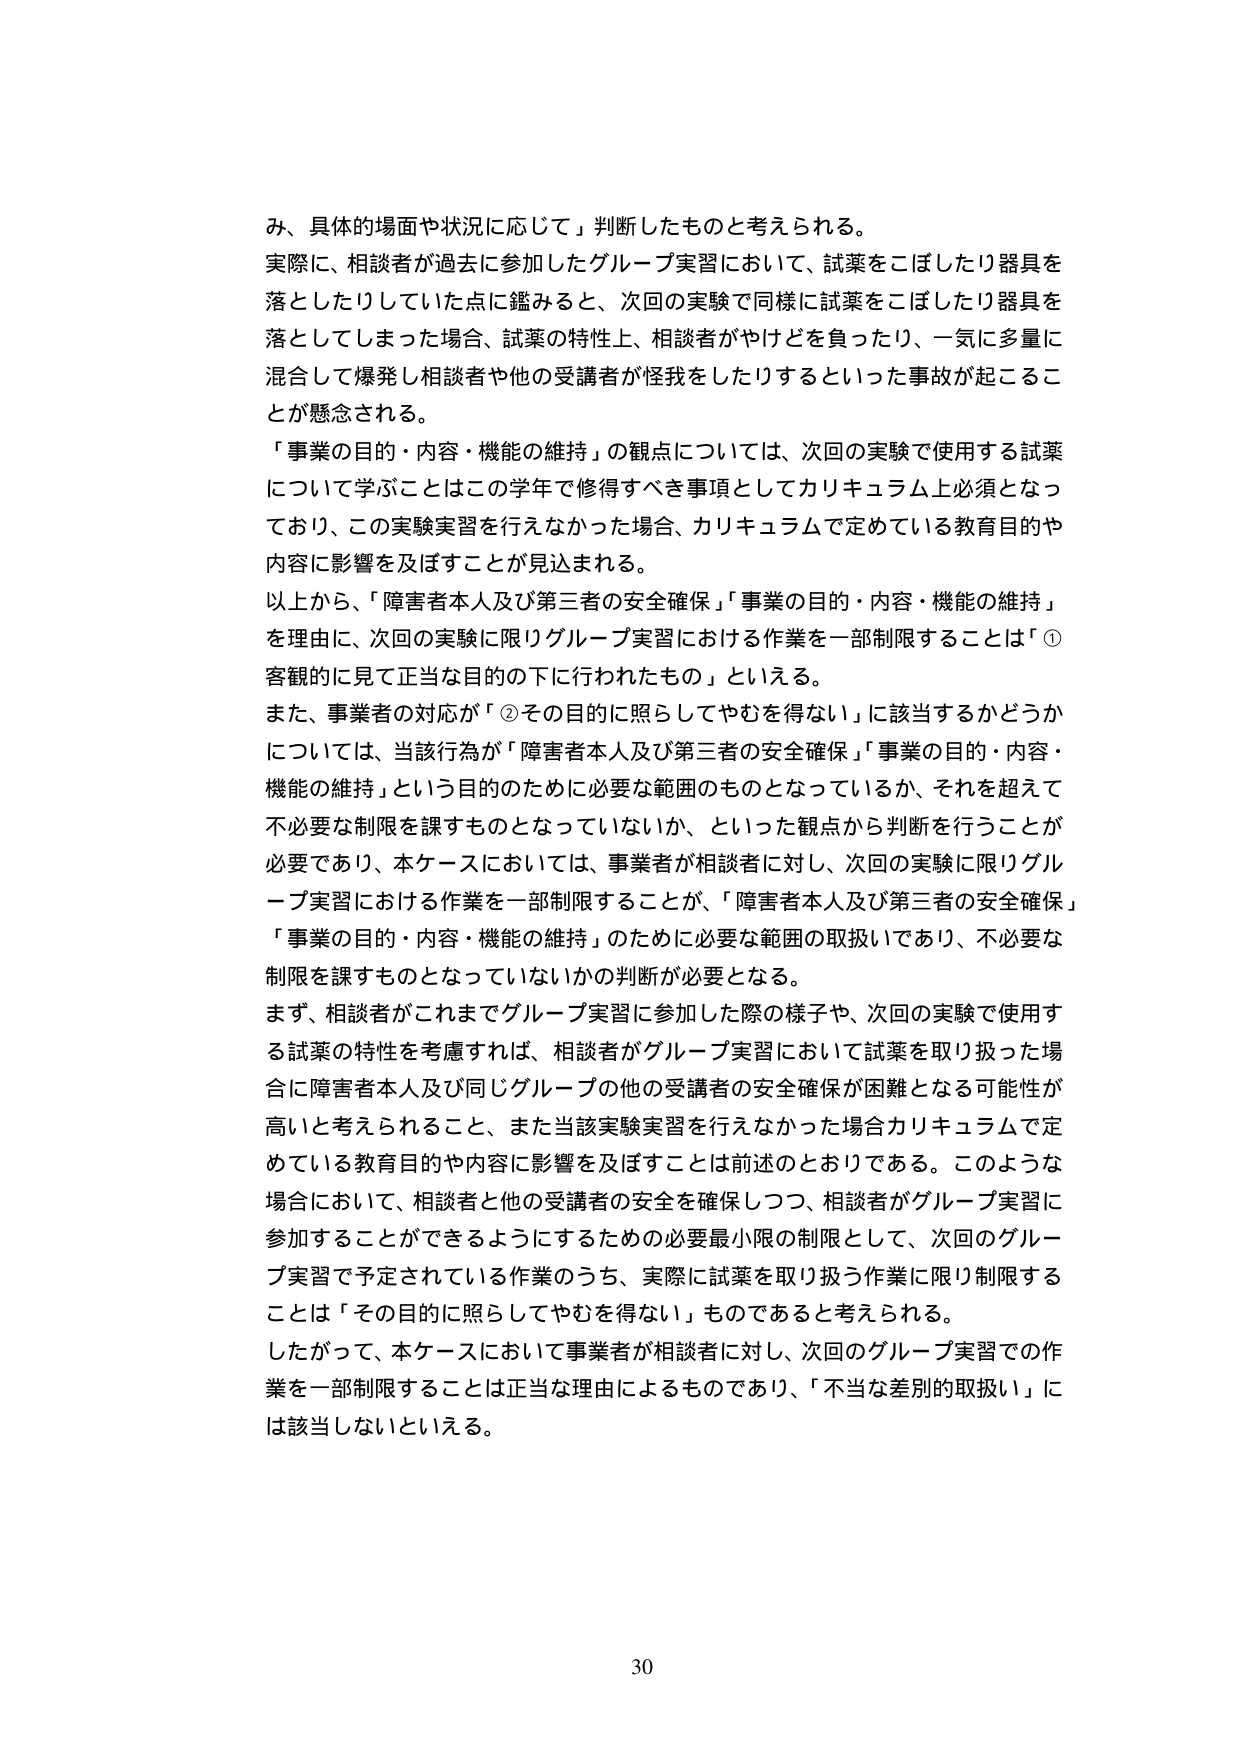
み、具体的場面や状況に応じて」判断したものと考えられる。
実際に、相談者が過去に参加したグループ実習において、試薬をこぼしたり器具を落としたりしていた点に鑑みると、次回の実験で同様に試薬をこぼしたり器具を落としてしまった場合、試薬の特性上、相談者がやけどを負ったり、一気に多量に混合して爆発し相談者や他の受講者が怪我をしたりするといった事故が起こることが懸念される。
「事業の目的・内容・機能の維持」の観点については、次回の実験で使用する試薬について学ぶことはこの学年で修得すべき事項としてカリキュラム上必須となっており、この実験実習を行えなかった場合、カリキュラムで定めている教育目的や内容に影響を及ぼすことが見込まれる。
以上から、「障害者本人及び第三者の安全確保」「事業の目的・内容・機能の維持」を理由に、次回の実験に限りグループ実習における作業を一部制限することは「①客観的に見て正当な目的の下に行われたもの」といえる。
また、事業者の対応が「②その目的に照らしてやむを得ない」に該当するかどうかについては、当該行為が「障害者本人及び第三者の安全確保」「事業の目的・内容・機能の維持」という目的のために必要な範囲のものとなっているか、それを超えて不必要な制限を課すものとなっていないか、といった観点から判断を行うことが必要であり、本ケースにおいては、事業者が相談者に対し、次回の実験に限りグループ実習における作業を一部制限することが、「障害者本人及び第三者の安全確保」「事業の目的・内容・機能の維持」のために必要な範囲の取扱いであり、不必要な制限を課すものとなっていないかの判断が必要となる。
まず、相談者がこれまでグループ実習に参加した際の様子や、次回の実験で使用する試薬の特性を考慮すれば、相談者がグループ実習において試薬を取り扱った場合に障害者本人及び同じグループの他の受講者の安全確保が困難となる可能性が高いと考えられること、また当該実験実習を行えなかった場合カリキュラムで定めている教育目的や内容に影響を及ぼすことは前述のとおりである。このような場合において、相談者と他の受講者の安全を確保しつつ、相談者がグループ実習に参加することができるようとするための必要最小限の制限として、次回のグループ実習で予定されている作業のうち、実際に試薬を取り扱う作業に限り制限することは「その目的に照らしてやむを得ない」ものであると考えられる。
したがって、本ケースにおいて事業者が相談者に対し、次回のグループ実習での作業を一部制限することは正当な理由によるものであり、「不当な差別的取扱い」には該当しないといえる。
30